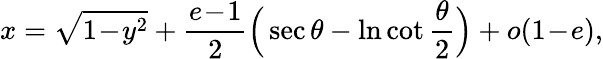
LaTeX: x=\sqrt{1\! -\! y^{2}}+\frac{e\! -\! 1}{2}\Big(\sec\theta-\ln\cot\frac\theta 2\Big)+o(1\! -\! e),